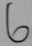
6